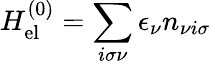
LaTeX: H_{\mathrm{el}}^{(0)}=\sum_{i\sigma\nu}\epsilon_{\nu}n_{\nu i\sigma}